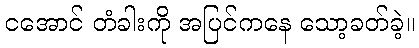
ငအောင် တံခါးကို အပြင်ကနေ သော့ခတ်ခဲ့။